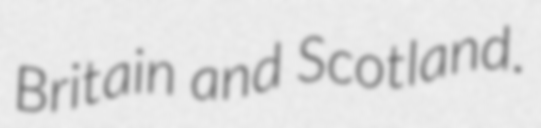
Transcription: Britain and Scotland.